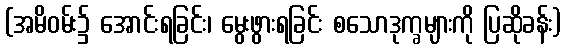
(အမိဝမ်း၌ အောင်းရခြင်း၊ မွေးဖွားရခြင်း စသောဒုက္ခများကို ပြဆိုခန်း)